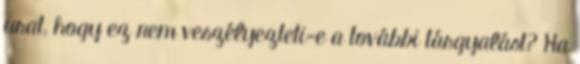
urat, hogy ez nem veszélyezteti-e a további tárgyalást? Ha